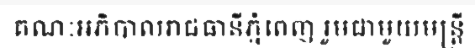
គណៈអភិបាលរាជធានីភ្នំពេញ រួមជាមួយមន្ត្រី